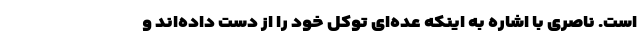
است. ناصری با اشاره به اینکه عده‌ای توکل خود را از دست داده‌اند و